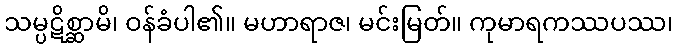
သမ္ပဋိစ္ဆာမိ၊ ဝန်ခံပါ၏။ မဟာရာဇ၊ မင်းမြတ်။ ကုမာရကဿပဿ၊